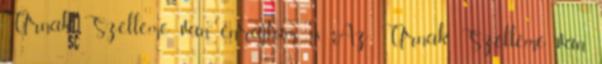
Úrnak Szelleme van énrajtam 18. Az Úrnak Szelleme van